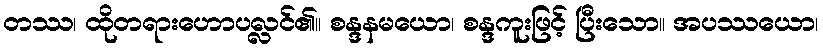
တဿ၊ ထိုတရားဟောပလ္လင်၏။ စန္ဒနမယော၊ စန္ဒကူးဖြင့် ပြီးသော။ အပဿယော၊